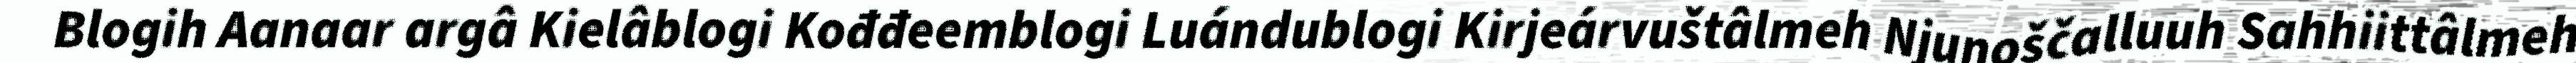
Blogih Aanaar argâ Kielâblogi Kođđeemblogi Luándublogi Kirjeárvuštâlmeh Njunoščalluuh Sahhiittâlmeh